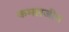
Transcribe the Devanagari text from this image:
कमलजीत